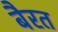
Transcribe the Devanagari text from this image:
बैरत